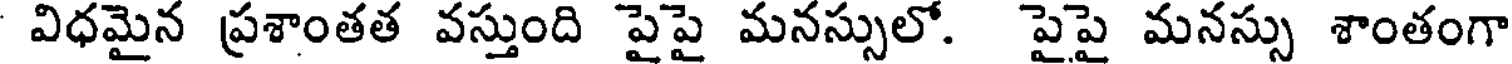
విధమైన ప్రశాంతత వస్తుంది పైపై మనస్సులో. పైపై మనస్సు శాంతంగా